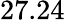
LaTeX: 27.24